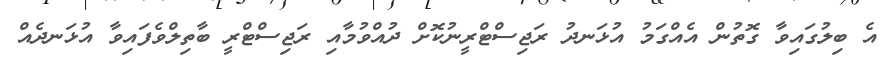
އެ ބިލުގައިވާ ގޮތުން އެއްގަމު އުޅަނދު ރަޖިސްޓްރީނުކޮށް ދުއްވުމާއި ރަޖިސްޓްރީ ބާތިލްވެފައިވާ އުޅަނދެއް